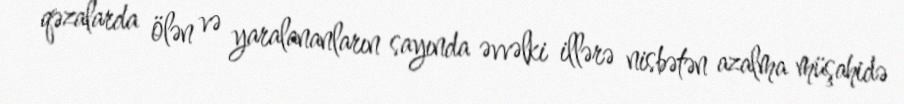
qəzalarda ölən və yaralananların sayında əvvəlki illərə nisbətən azalma müşahidə